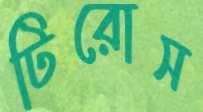
টিরোস